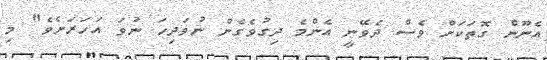
އެނޫން ގޮތަކަށް ވެސް ދެވޭނީ އެންމެ ދިގުވެގެން ނުވަދިހަ ނުވަ އަހަރަށެވެ" މި